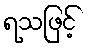
ရသဖြင့်